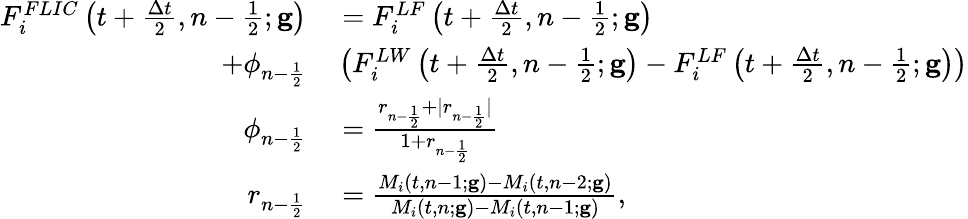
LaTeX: \begin{array}{rl}{F_{i}^{FLIC}\left(t+\frac{\Delta t}{2},n-\frac{1}{2};\mathbf{g}\right)}&{{}=F_{i}^{LF}\left(t+\frac{\Delta t}{2},n-\frac{1}{2};\mathbf{g}\right)}\\ {+\phi_{n-\frac{1}{2}}}&{{}\left(F_{i}^{LW}\left(t+\frac{\Delta t}{2},n-\frac{1}{2};\mathbf{g}\right)-F_{i}^{LF}\left(t+\frac{\Delta t}{2},n-\frac{1}{2};\mathbf{g}\right)\right)}\\ {\phi_{n-\frac{1}{2}}}&{{}=\frac{r_{n-\frac{1}{2}}+|r_{n-\frac{1}{2}}|}{1+r_{n-\frac{1}{2}}}}\\ {r_{n-\frac{1}{2}}}&{{}=\frac{M_{i}(t,n-1;\mathbf{g})-M_{i}(t,n-2;\mathbf{g})}{M_{i}(t,n;\mathbf{g})-M_{i}(t,n-1;\mathbf{g})},}\end{array}